Report of the Indian Hemp Drugs Commission, 1894-1895 - Volume VI
Year: 1894
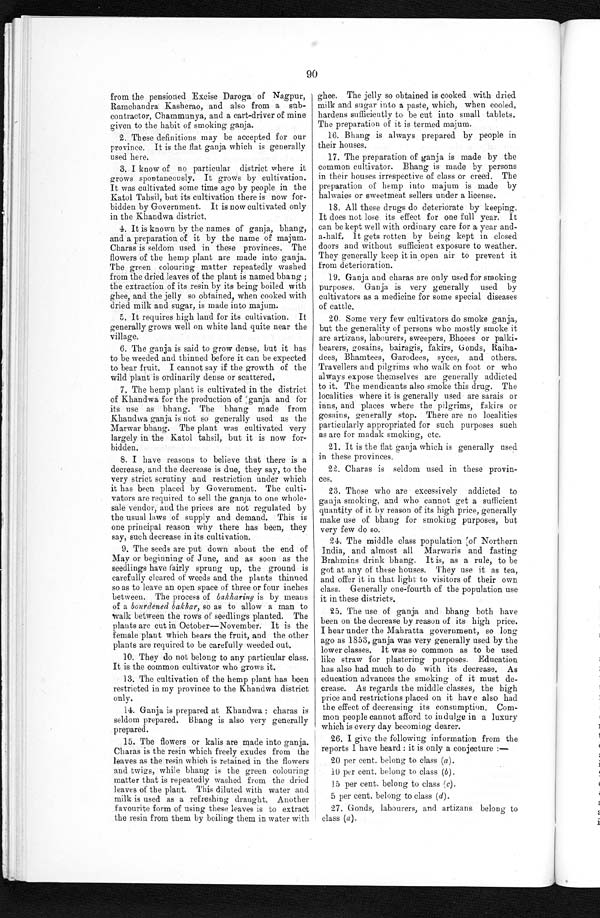
I
90
from the pensioned Excise Daroga of Nagpur,
Ramchandra Kasherao, and also from a sub
- c o n t r a c t o r , C h a m m u n y a , a n d a c a r t - d r i v e r o f m i n e
given to the habit of smoking ganja.
2.These definitions may be accepted for our
province. It is the flat ganja which is generally
used here.
3.I know of no particular district where it
grows spontaneously. It grows by cultivation.
It was cultivated some time ago by people in the
Katol Tahsil, but its cultivation there is now for- -
bidden by Government. It is now cultivated only
in the Khandwa district.
4.It is known by the names of ganja, bhang,
and a preparation of it by the name of majum.
Charas is seldom used in these provinces. The
flowers of the hemp plant are made into ganja.
The green colouring matter repeatedly washed
from the dried leaves of the plant is named bhang;
the extraction of its resin by its being boiled with
ghee, and the jelly so obtained, when cooked with
dried milk and sugar, is made into majum.
5. It requires high land for its cultivation. It
generally grows well on white land quite near the
village.
6. The ganja is said to grow dense, but it has
to be weeded and thinned before it can be expected
to bear fruit. I cannot say if the growth of the
ghee, The jelly so obtained is cooked with dried
milk and sugar into a paste, which, when cooled,
hardens sufficiently to be cut into small tablets.
The preparation of it is termed majum.
16. Bhang is always prepared by people in
their houses.
17.The preparation of ganja is made by the
common cultivator. Bhang is made by persons
in their houses irrespective of class or creed. The
preparation of hemp into majum is made by
halwaies or sweetmeat sellers under a license.
5. All these drugs do deteriorate by keeping.
It does not lose its effect for one full year. It
can be kept well with ordinary care for a year and-
- a - h a l f , I t g e t s r o t t e n b y b e i n g k e p t i n c l o s e d
doors and without sufficient exposure to weather.
They generally keep it in open air to prevent it
from deterioration.
19. Ganja and charas are only used for smoking
purposes. Ganja is very generally used by
cultivators as a medicine for some special diseases
of cattle
.
20. Some very few cultivators do smoke ganja,
but the generality of persons who mostly smoke it
are artizans, labourers, sweepers, Bhoees or palki-
bearers, gosains, bairagis, fakirs, Gonds, Raiha--
dees, Bhamtees, Garodees, syces, and others.
Travellers and pilgrims who walk on foot or who
e
7. The hemp plant is cultivated in the district
its use as bhang. The bhang made from
Khandwa ganja is not so generally used as the
Marwar bhang. The plant was cultivated very
largely in the Katol tahsil, but it is now for-
bidden.
8.I have reasons to believe that there is a
decrease, and the decrease is due, they say, to the
very strict scrutiny and restriction under which
it has been placed by Government. The culti-
vators are required to sell the ganja to one whole-
sale vendor, and the prices are not regulated by
the usual laws of supply and demand. This is
one principal reason why there has been, they
say, such decrease in its cultivation.
9.The seeds are put down about the end of
May or beginning of June, and as soon as the
seedlings have fairly sprung up, the ground is
carefully cleared of weeds and the plants thinned
so as to leave an open space of three or four inches
between. The process of b a k h a r i n g
i s b y m e a n s
of a bourdened bakhar,s o a s t o a l l o w a m a n t o
walk between the rows of seedlings planted. The
plants are cut in October—November. It is the
female plant which bears the fruit, and the other
plants are required to be carefully weeded out.
10. They do not belong to any particular class.
It is the common cultivator who grows it.
13. The cultivation of the hemp plant has been
restricted in my province to the Khandwa district
only.
14.
Ganja is prepared at Khandwa: charas is
seldom prepared. Bhang is also very generally
prepared.
15.
The flowers or kalis are made into ganja.
Charas is the resin which freely exudes from the
leaves as the resin which is retained in the flowers
and twigs, while bhang is the green colouring
matter that is repeatedly washed from the dried
leaves of the plant. This diluted with water and
milk is used as a refreshing draught. Another
favourite form of using these leaves is to extract
the resin from them by boiling them in water with
to it. The mendicants also smoke this drug. The
l ocal i t i es where i t i s general l y used are sarai s or
inns, and places where the pilgrims, fakirs or
gosains, generally stop. There are no localities
particularly appropriated for such purposes such
as are for madak smoking, etc.
21. It is the flat ganja which is generally used
in these provinces.
22. Charas is seldom used in these provin-
ces.
23. Those who are excessively addicted to
ganja smoking, and who cannot get a sufficient
quantity of it by reason of its high price, generally
make use of bhang for smoking purposes, but
very few do so.
24. The middle class population of Northern
India, and almost all Marwaris and fasting
Brahmins drink bhang. It is, as a rule, to be
got at any of these houses. They use it as tea,
and offer it in that light to visitors of their own
class. Generally one-fourth of the population use
it in these districts.
25. The use of ganja and bhang both have
been on the decrease by reason of its high price.
I hear under the Mahratta government, so long
ago as 1853, ganja was very generally used by the
lower classes. It was so common as to be used
like straw for plastering purposes. Education
has also had much to do with its decrease. As
education advances the smoking of it must de-
crease. As regards the middle classes, the high
price and restrictions placed on it have also had
the effect of decreasing its consumption.
C o m - m o n p e o p l e c a n n o t a f f o r d t o i n d u l g e i n a l u x u r y
which is every day becoming dearer
.
26.
I give the following information from the
reports I have heard: it is only a conjecture:
— 20 per cent. belong to class ( a).
10 per cent. belong to class ( b).
1 5 p e r c e n t . b e l o n g t o c l a s s (c ) .
5 per cent, belong to class (d).
27. Gonds, labourers, and artizans belong to
class (a).